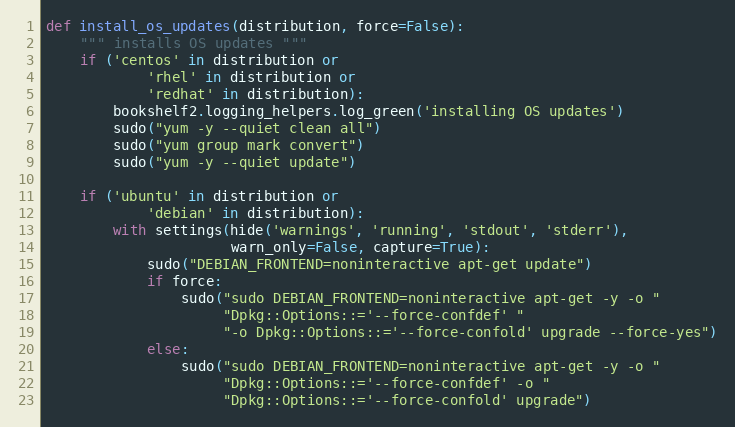
Language: Python
def install_os_updates(distribution, force=False):
    """ installs OS updates """
    if ('centos' in distribution or
            'rhel' in distribution or
            'redhat' in distribution):
        bookshelf2.logging_helpers.log_green('installing OS updates')
        sudo("yum -y --quiet clean all")
        sudo("yum group mark convert")
        sudo("yum -y --quiet update")

    if ('ubuntu' in distribution or
            'debian' in distribution):
        with settings(hide('warnings', 'running', 'stdout', 'stderr'),
                      warn_only=False, capture=True):
            sudo("DEBIAN_FRONTEND=noninteractive apt-get update")
            if force:
                sudo("sudo DEBIAN_FRONTEND=noninteractive apt-get -y -o "
                     "Dpkg::Options::='--force-confdef' "
                     "-o Dpkg::Options::='--force-confold' upgrade --force-yes")
            else:
                sudo("sudo DEBIAN_FRONTEND=noninteractive apt-get -y -o "
                     "Dpkg::Options::='--force-confdef' -o "
                     "Dpkg::Options::='--force-confold' upgrade")